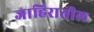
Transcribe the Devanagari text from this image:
जाहिरातील